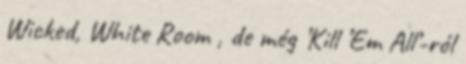
Wicked, White Room , de még ’Kill ’Em All’-ról